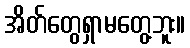
အိတ်တွေရှာမတွေ့ဘူး။